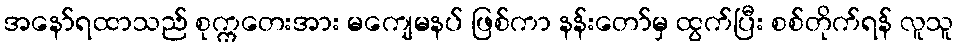
အနော်ရထာသည် စုက္ကတေးအား မကျေမနပ် ဖြစ်ကာ နန်းတော်မှ ထွက်ပြီး စစ်တိုက်ရန် လူသူ